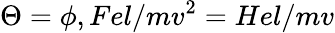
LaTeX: \Theta=\phi,Fel/mv^{2}=Hel/mv